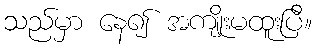
သည်မှာ နေ၍ အကျိုးမထူးပြီ။